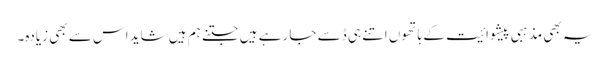
یہ بھی مذہبی پیشوائیت کے ہاتھوں اتنے ہی ڈسے جا رہے ہیں جتنے ہم ہیں شاید اس سے بھی زیادہ۔